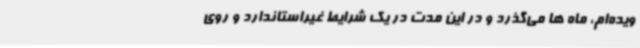
ویده‌ام، ماه ها می‌گذرد و در این مدت در یک شرایط غیراستاندارد و روی